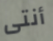
أنتى